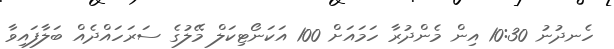
ހެނދުނު 10:30 އިން މެންދުރާ ހަމައަށް 100 އަކަނޯޓިކަލް މޭލުގެ ސަރަހައްދެއް ބަލާފައިވާ